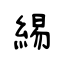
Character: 緆